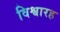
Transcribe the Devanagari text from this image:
विश्वारह